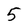
Character: 5